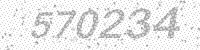
Solution: 570234